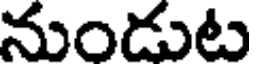
నుండుట